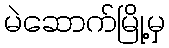
မဲဆောက်မြို့မှ